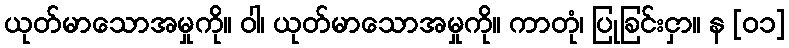
ယုတ်မာသောအမှုကို။ ဝါ၊ ယုတ်မာသောအမှုကို။ ကာတုံ၊ ပြုခြင်းငှာ။ န [၀၁]